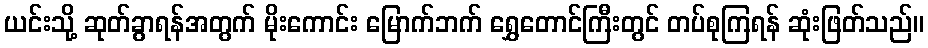
ယင်းသို့ ဆုတ်ခွာရန်အတွက် မိုးကောင်း မြောက်ဘက် ရွှေတောင်ကြီးတွင် တပ်စုကြရန် ဆုံးဖြတ်သည်။